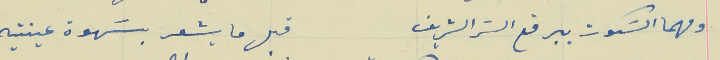
ومهما السَكوت بيرفع السَر الشريف                          قبل ما يشعر بسَهوة عينتيه